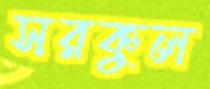
সরকুল